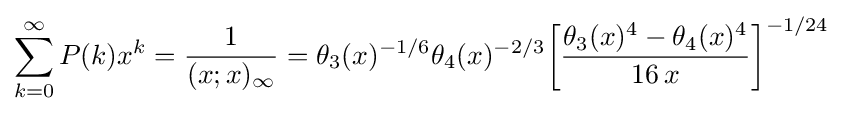
\sum _{k=0}^{\infty }P(k)x^{k}={\frac {1}{(x;x)_{\infty }}}=\theta _{3}(x)^{-1/6}\theta _{4}(x)^{-2/3}{\biggl [}{\frac {\theta _{3}(x)^{4}-\theta _{4}(x)^{4}}{16\,x}}{\biggr ]}^{-1/24}